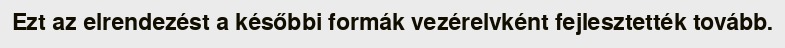
Ezt az elrendezést a későbbi formák vezérelvként fejlesztették tovább.